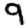
Digit: 9